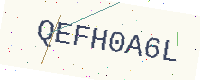
Text: QEFH0A6L